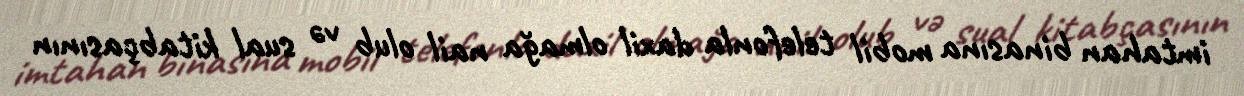
imtahan binasına mobil telefonla daxil olmağa nail olub və sual kitabçasının